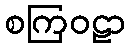
စကြဝဠာ